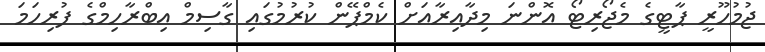
ޖުމުހޫރީ ޕާޓީގެ މެޖޯރިޓޯ އޮންނަ މިދާއިރާއަށް ކެމްޕޭން ކުރުމުގައި ގާސިމް އިބްރާހިމްގެ ފުރިހަމަ